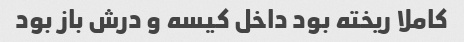
کاملا ریخته بود داخل کیسه و درش باز بود